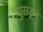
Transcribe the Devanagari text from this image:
घुसडून